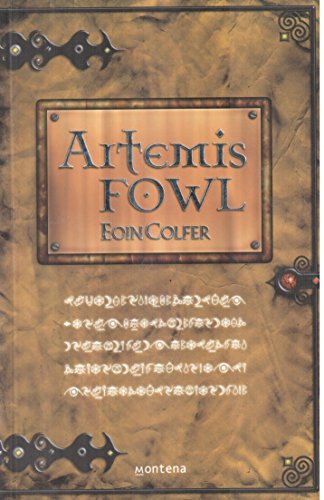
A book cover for Artemis Fowl I (Spanish Edition); Eoin Colfer; Children's Books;